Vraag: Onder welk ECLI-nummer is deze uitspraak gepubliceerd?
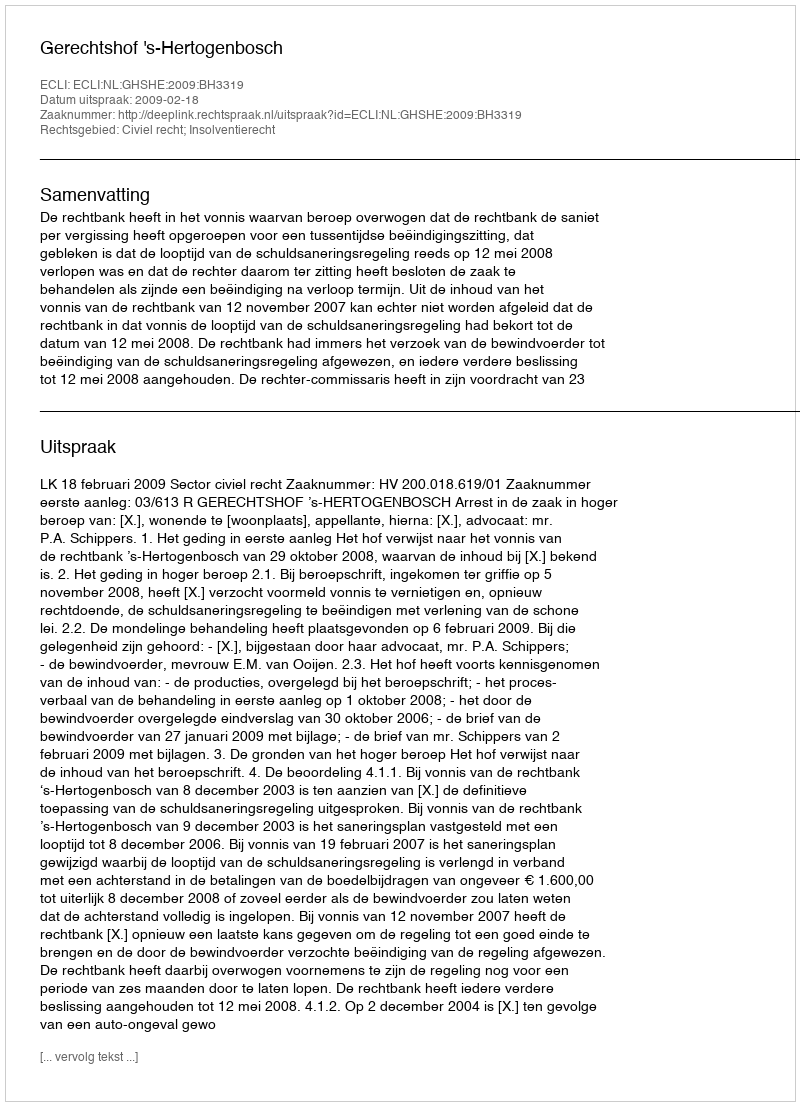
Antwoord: ECLI:NL:GHSHE:2009:BH3319